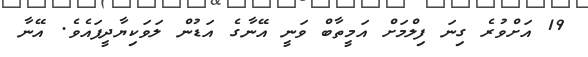
19 އަށްވުރެ ގިނަ ފިލްމަށް އަމީތާބް ވަނީ އޭނާގެ އަޑުން ލަވަކިޔާދީފައެވެ. އޭނާ